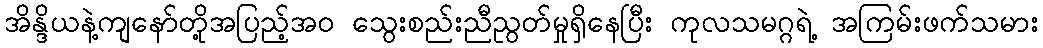
အိန္ဒိယနဲ့ကျနော်တို့အပြည့်အ၀ သွေးစည်းညီညွတ်မှုရှိနေပြီး ကုလသမဂ္ဂရဲ့ အကြမ်းဖက်သမား